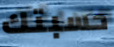
حسبتك